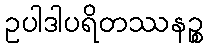
ဥပါဒါပရိတဿနဉ္စ